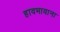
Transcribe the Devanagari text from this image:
हावभावाना